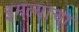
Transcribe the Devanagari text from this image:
इमल्याचा